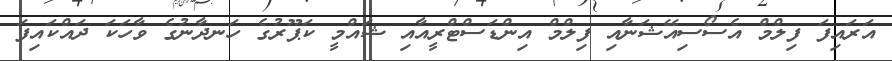
އަރައިފަ ފިލްމް އެސޯސިއޭޝަނާއި ފިލްމް އިންޑަސްޓްރީއާއި ޝައްމީ ކަޕޫރުގެ ހަނދާނުގެ ވާހަކަ ދައްކައިފަ